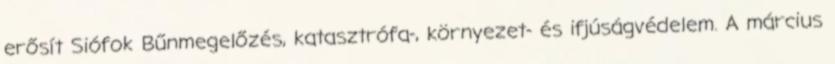
erősít Siófok Bűnmegelőzés, katasztrófa-, környezet- és ifjúságvédelem. A március